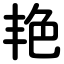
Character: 艳